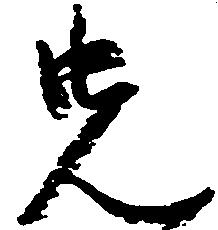
先